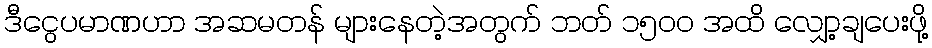
ဒီငွေပမာဏဟာ အဆမတန် များနေတဲ့အတွက် ဘတ် ၁၅၀၀ အထိ လျှော့ချပေးဖို့